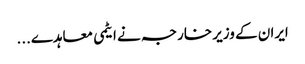
ایران کے وزیر خارجہ نے ایٹمی معاہدے...